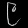
Digit: ၉